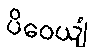
ပိဝေယျံ